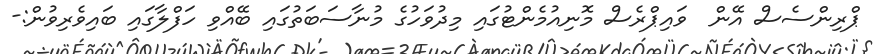
ޕްރިންސެސް އޭން  ވައިޕްރެސް މޮނިއުމެންޓުގައި މިދުވަހުގެ މުނާސަބަތުގައި ބޭއްވި ހަފްލާގައި ބައިވެރިވުން:-